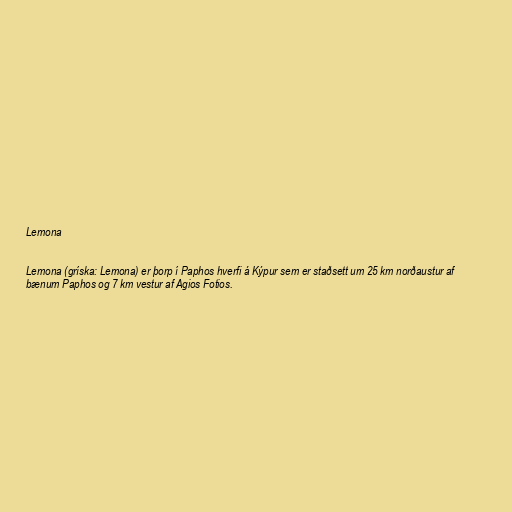
Lemona

Lemona (gríska: Lemona) er þorp í Paphos hverfi á Kýpur sem er staðsett um 25 km norðaustur af
bænum Paphos og 7 km vestur af Agios Fotios.